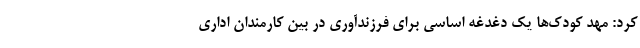
کرد: مهد کودک‌ها یک دغدغه اساسی برای فرزندآوری در بین کارمندان اداری